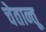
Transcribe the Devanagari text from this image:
चेतान्तू